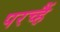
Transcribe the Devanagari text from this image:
परच्हैं